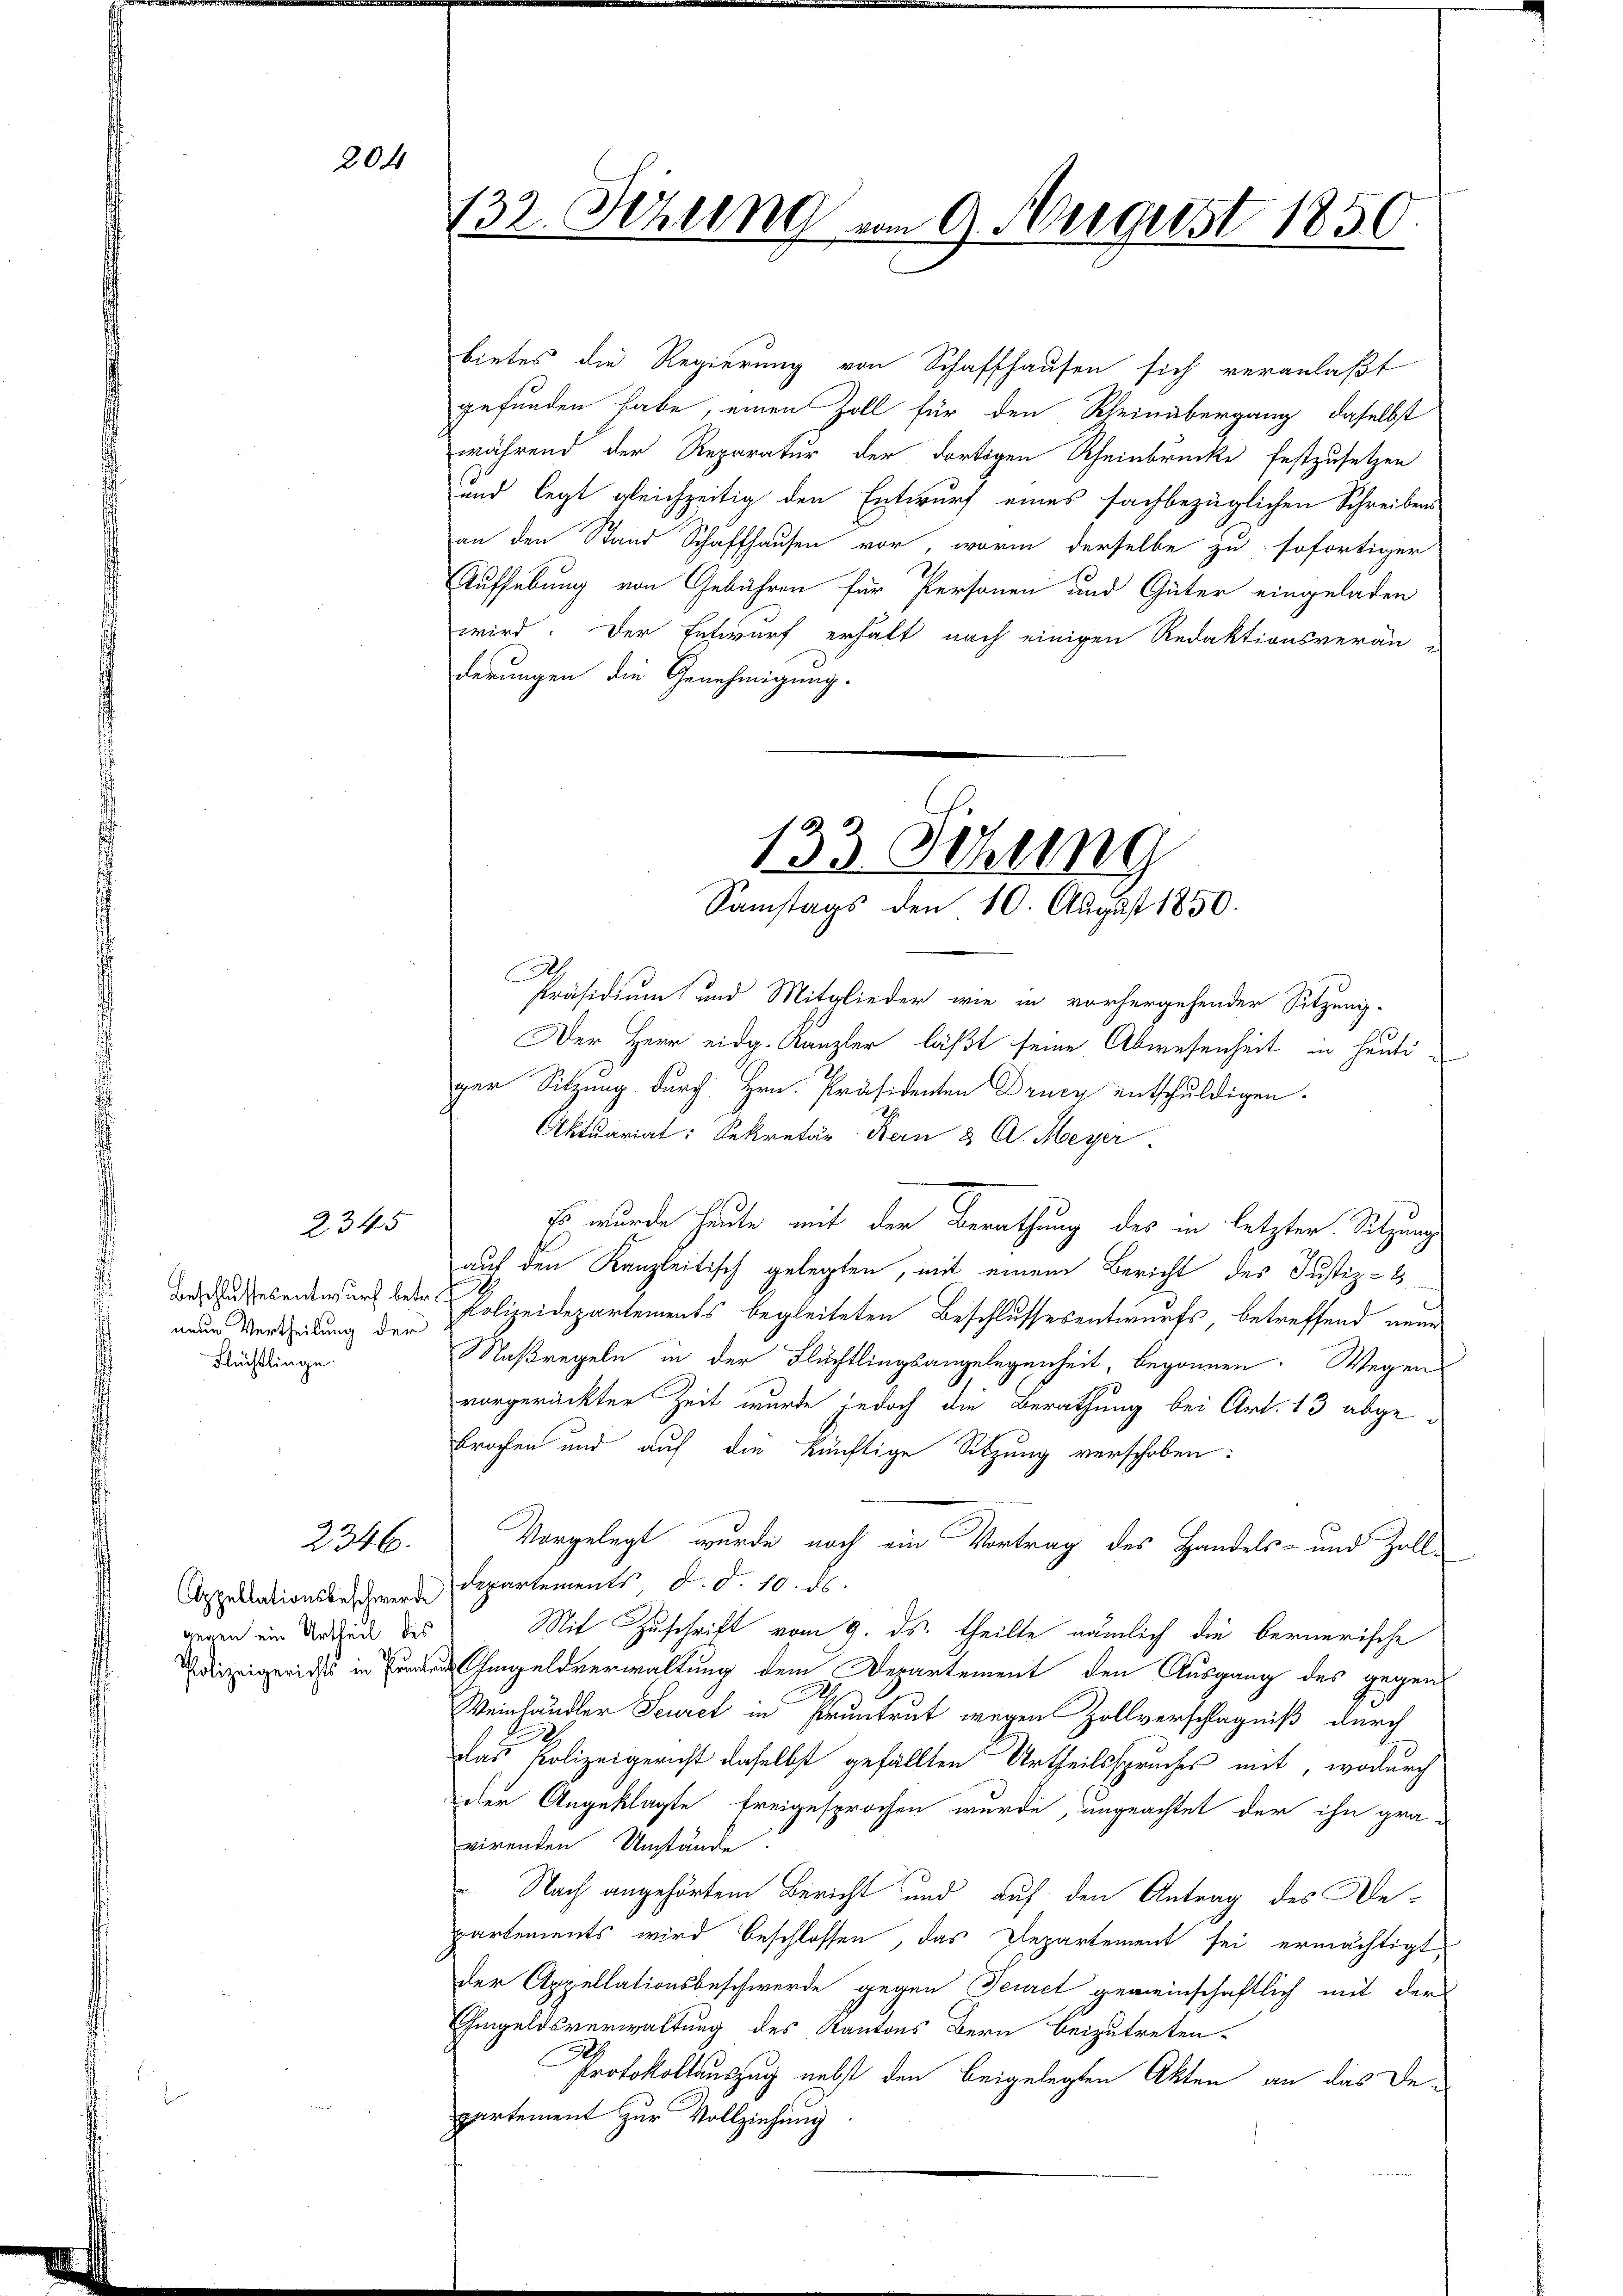
204

2345
neue Vertheilung der
Flüchtlinge.

gegen ein Urtheil des

2346.

132. Schling vom 9. Aergerst 1850

bietes die Regierung von Schaffhausen sich veranlaßt
gefunden habe, einen Zoll für den Rheinübergang, daselbst
während der Reparatur der dortigen Rheinbrücke festzusetzen
und legt gleichzeitig den Entwurf eines fachbezüglichen Schreibens
an den Stand Schaffhausen vor, worin derselbe zu sofortiger
Aufhebung von Gebühren für Personen und Güter eingeladen
wird. Der Entwurf erhalt nach einigen Redaktionsverän-
derungen die Genehmigung.

133. Sitzung
Samstags den 10. August 1850.

Präsidium und Mitglieder wie in vorhergehender Sitzung.
Der Herr eidg. Kanzler läßt seine Abwesenheit in heutiger Sitzung durch Hrn. Präsidenten Drucz entschuldigen.
Aktuariat: Sekretär Kern & A. Meyer
Es wurde heute mit der Berathung des in letzter Sitzung
auf den Kanzleitisch gelegten, mit einem Bericht des Justiz-
drussesentwurf betr. Polizeidepartements begleiteten Beschlussesentwurfs, betreffend neue
Maßregeln in der Flüchtlingsangelegenheit, begonnen. Wegen
vorgerückter Zeit wurde jedoch die Berathung bei Art. 13 abgebrofen und auf die künftige Sitzung verschoben:
Vorgelegt wurde noch ein Vortrag des Handels- und Zoll¬
Appellationsbeschwerdepartements d. d. 10. ds.
Mit Zuschrift vom 9. ds. theilte nämlich die bernerische
iziger in Engeldverwaltung dem Departement den Ausgang des gegen
2
Weinhändler Seurct in Pruntrut wegen Zollverschlagniß durch
das Polizeigericht daselbst gefällten Urtheilsspruches mit, wodurch
der Angeklagte freigesprochen wurde, ungeachtet der ihn gra-
virenden Umstände.
Nach angehörtem Bericht und auf den Antrag des Departements wird beschlossen, das Departement sei ermächtigt,
der Appellationsbeschwerde gegen Feuret gemeinschaftlich mit der
Gmgeldsverwaltung des Kantons Bern beizutreten.
Protokollauszug nebst den beigelegten Akten an das Departement zur Vollziehung.